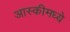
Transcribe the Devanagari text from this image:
आस्कीमध्ये